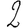
Digit: 2